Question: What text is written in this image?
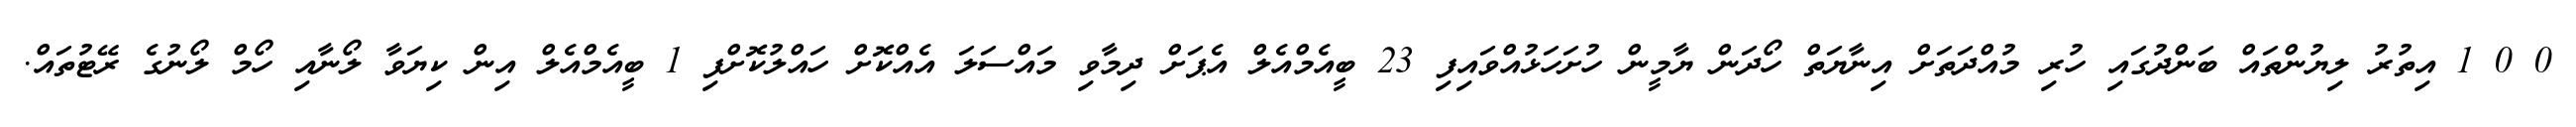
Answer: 0 0 1 އިތުރު ލިޔުންތައް ބަންދުގައި ހުރި މުއްދަތަށް އިނާޔަތް ހޯދަން ޔާމީން ހުށަހަޅުއްވައިފި 23 ބީއެމްއެލް އެޕަށް ދިމާވި މައްސަލަ އެއްކޮށް ހައްލުކޮށްފި 1 ބީއެމްއެލް އިން ކިޔަވާ ލޯނާއި ހޯމް ލޯނުގެ ރޭޓުތައް.